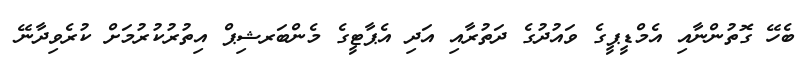
ބެހޭ ގޮތުންނާއި އެމްޑީޕީގެ ވައުދުގެ ދަތުރާއި އަދި އެޕާޓީގެ މެންބަރޝިޕް އިތުރުކުރުމަށް ކުރެވިދާނޭ